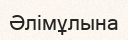
Әлімұлына